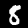
Digit: 8